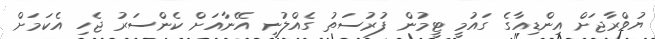
ޔުވްރާޖަށް އިންޑިއާގެ ގައުމީ ޓީމުން ފުރުސަތު ގެއްލުނީ އޭނާއަށް ކެންސަރު ޖެހި އެކަމަށް